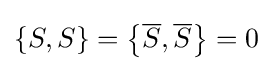
\left\{S,S\right\}=\left\{{\overline {S}},{\overline {S}}\right\}=0